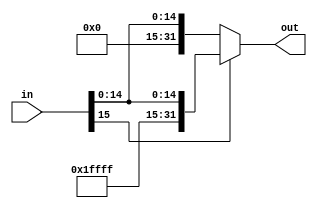
module sign_extender(input [15:0] in, output [31:0] out);
    reg [31:0] out;

    // Check the sign bit (bit 15) of the input
    always @(*) begin
        if (in[15]) begin
            // If the sign bit is 1, extend the sign by filling the upper 16 bits with 1s
            out = {16'b1111111111111111, in};
        end else begin
            // If the sign bit is 0, extend the sign by filling the upper 16 bits with 0s
            out = {16'b0000000000000000, in};
        end
    end
endmodule